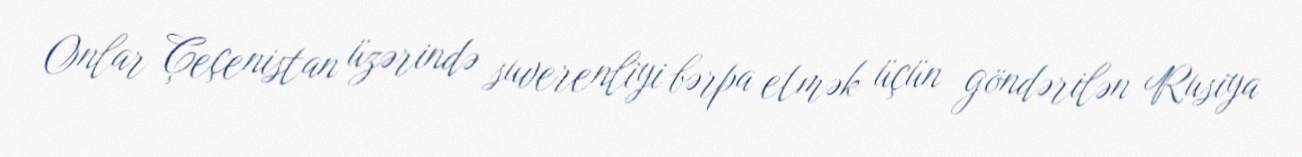
Onlar Çeçenistan üzərində suverenliyi bərpa etmək üçün göndərilən Rusiya